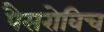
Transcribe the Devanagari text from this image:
पैसरोविच